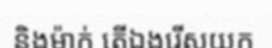
និងម៉ាក់ តើឯងរើសយក